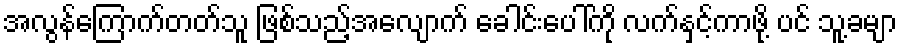
အလွန်ကြောက်တတ်သူ ဖြစ်သည့်အလျောက် ခေါင်းပေါ်ကို လက်နှင့်ကာဖို့ ပင် သူ့ခမျာ